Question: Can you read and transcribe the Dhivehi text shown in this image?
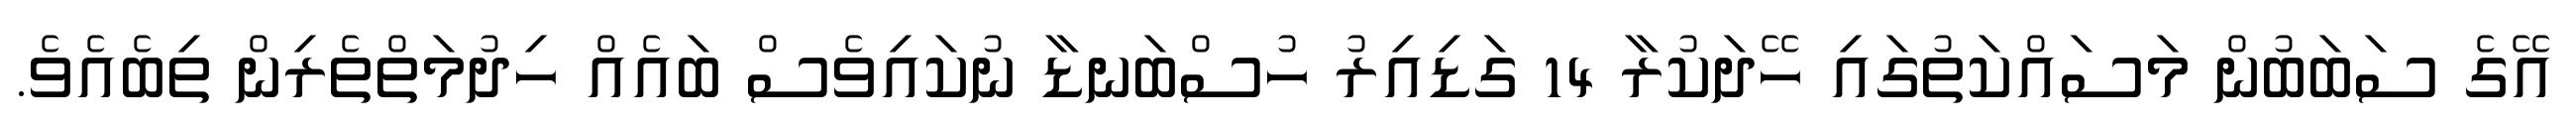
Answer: އޭގެ ސަބަބުން މަސައްކަތުގައި ހޭދަކުރާ 14 ގަޑިއިރު ހުސްބަނޑާ ނުކައިވެސް ބައެއް ހިދުމަތްތެރިން ތިބެއެވެ.